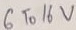
Text: 6 To 16V